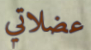
عضلاتي